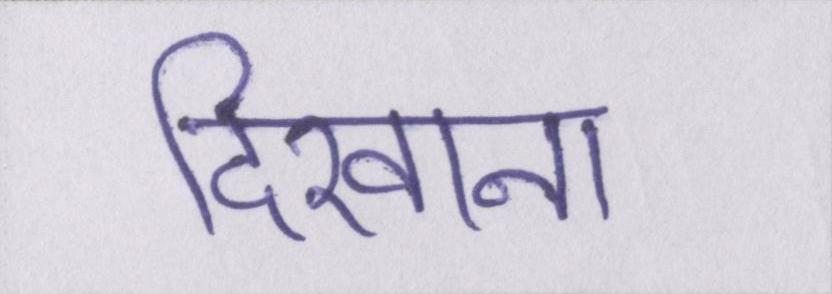
दिखाना